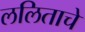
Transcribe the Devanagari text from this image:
ललिताचे